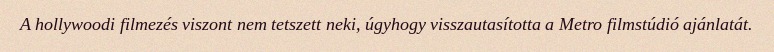
A hollywoodi filmezés viszont nem tetszett neki, úgyhogy visszautasította a Metro filmstúdió ajánlatát.